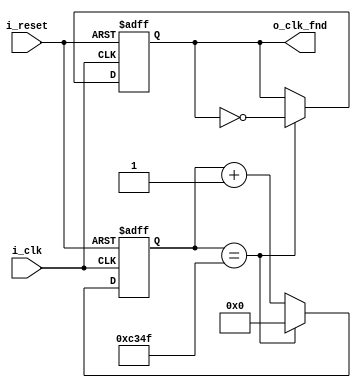
`timescale 1ns / 1ps

module clock_divider_fnd(
    input i_clk,
    input i_reset,
    output o_clk_fnd
    );

    reg r_clk_fnd = 0;
    assign o_clk_fnd = r_clk_fnd;
    reg [31:0] r_counter_fnd = 0;

    always @(posedge i_clk or posedge i_reset) begin
        if (i_reset) begin
            r_clk_fnd <= 0;
            r_counter_fnd <= 0;
        end
        else begin
            if (r_counter_fnd == 50_000 -1) begin
                r_counter_fnd <= 0;
                r_clk_fnd <= ~r_clk_fnd;
            end
            else begin
                r_counter_fnd <= r_counter_fnd + 1; 
            end
            end
    end
endmodule